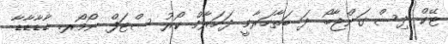
ޓޭކް ދިސް ގަންޖާބޯ ދަ ބަތާހަރާމީ ދަހަރާމް ކޯރު ސްޓަފް ނޯމޯރ. ޑާޑާޑާޑާ